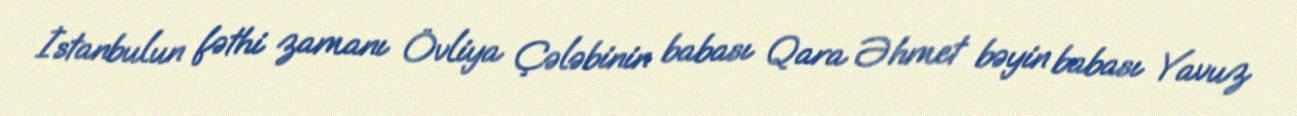
İstanbulun fəthi zamanı Övliya Çələbinin babası Qara Əhmet bəyin babası Yavuz